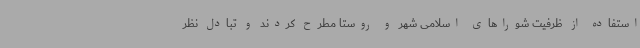
استفاده از ظرفیت شوراهای اسلامی شهر و روستا مطرح کردند و تبادل نظر